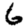
Digit: 6